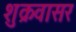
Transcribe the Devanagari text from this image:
शुक्रवासर